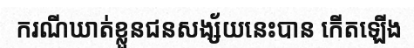
ករណីឃាត់ខ្លួនជនសង្ស័យនេះបាន កើតឡើង